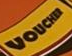
VOCHER